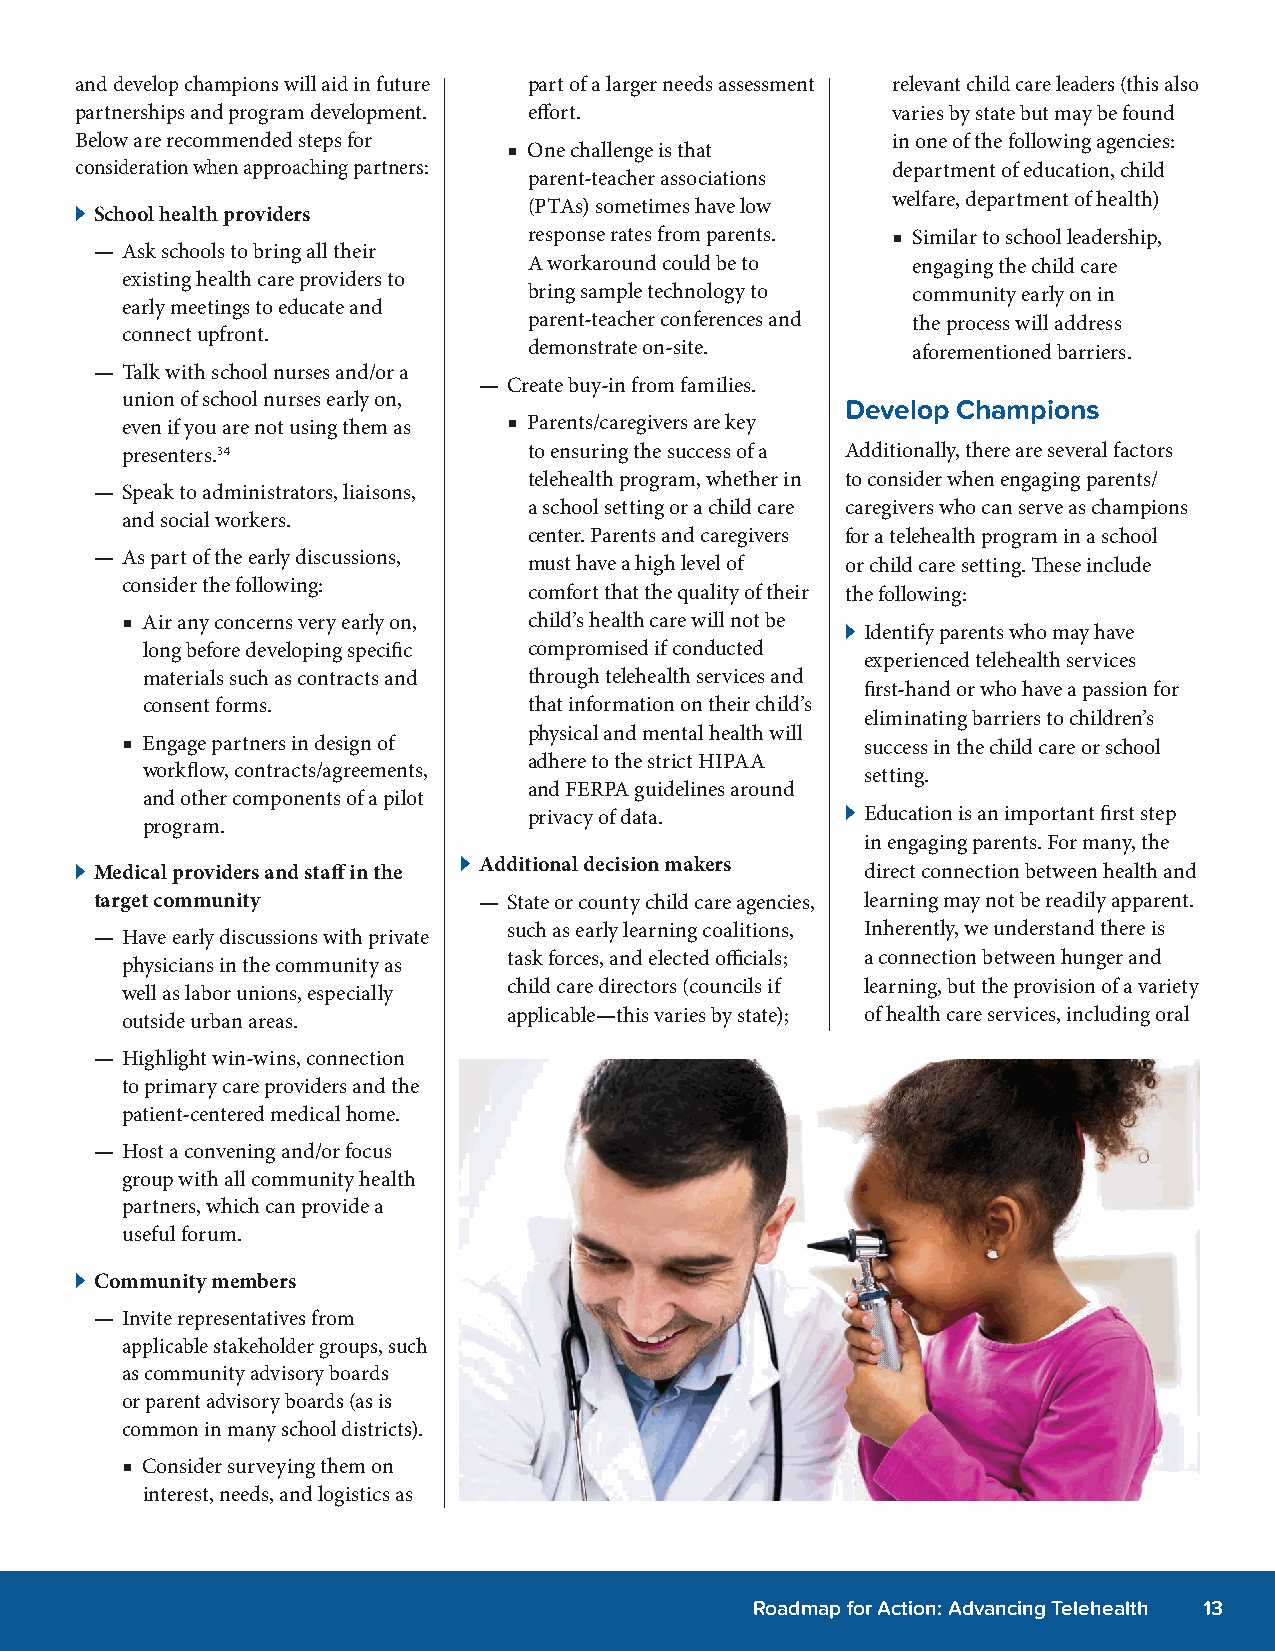
and develop champions will aid in future part of a larger needs assessment relevant child care leaders (this also
 partnerships and program development. effort.         varies by state but may be found
 Below are recommended steps for                       in one of the following agencies:
 ■ One challenge is that
 consideration when approaching partners:              department of education, child
 parent-teacher associations
 welfare, department of health)
 (PTAs) sometimes have low
 A School health providers
 response rates from parents. ■ Similar to school leadership,
 — Ask schools to bring all their
 A workaround could be to engaging the child care
 existing health care providers to
 bring sample technology to community early on in
 early meetings to educate and
 parent-teacher conferences and the process will address
 connect upfront.
 demonstrate on-site.     aforementioned barriers.
 — Talk with school nurses and/or a
 — Create buy-in from families.
 union of school nurses early on,
 Develop Champions
 even if you are not using them as ■ Parents/caregivers are key
 presenters.34              to ensuring the success of a Additionally, there are several factors
 telehealth program, whether in to consider when engaging parents/
 — Speak to administrators, liaisons,
 a school setting or a child care caregivers who can serve as champions
 and social workers.
 center. Parents and caregivers for a telehealth program in a school
 — As part of the early discussions,
 must have a high level of or child care setting. These include
 consider the following:
 comfort that the quality of their the following:
 ■ Air any concerns very early on, child’s health care will not be
 A Identify parents who may have
 long before developing specific compromised if conducted
 experienced telehealth services
 materials such as contracts and through telehealth services and
 first-hand or who have a passion for
 consent forms.            that information on their child’s
 eliminating barriers to children’s
 physical and mental health will
 ■ Engage partners in design of                   success in the child care or school
 adhere to the strict HIPAA
 workflow, contracts/agreements,                 setting.
 and FERPA guidelines around
 and other components of a pilot
 privacy of data.     A Education is an important first step
 program.
 in engaging parents. For many, the
 A Additional decision makers
 A Medical providers and staff in the                direct connection between health and
 target community          — State or county child care agencies, learning may not be readily apparent.
 such as early learning coalitions, Inherently, we understand there is
 — Have early discussions with private
 task forces, and elected officials; a connection between hunger and
 physicians in the community as
 child care directors (councils if learning, but the provision of a variety
 well as labor unions, especially
 applicable—this varies by state); of health care services, including oral
 outside urban areas.
 — Highlight win-wins, connection
 to primary care providers and the
 patient-centered medical home.
 — Host a convening and/or focus
 group with all community health
 partners, which can provide a
 useful forum.
 A Community members
 — Invite representatives from
 applicable stakeholder groups, such
 as community advisory boards
 or parent advisory boards (as is
 common in many school districts).
 ■ Consider surveying them on
 interest, needs, and logistics as
 Roadmap for Action: Advancing Telehealth 13